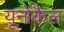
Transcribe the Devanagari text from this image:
यूनोकैल